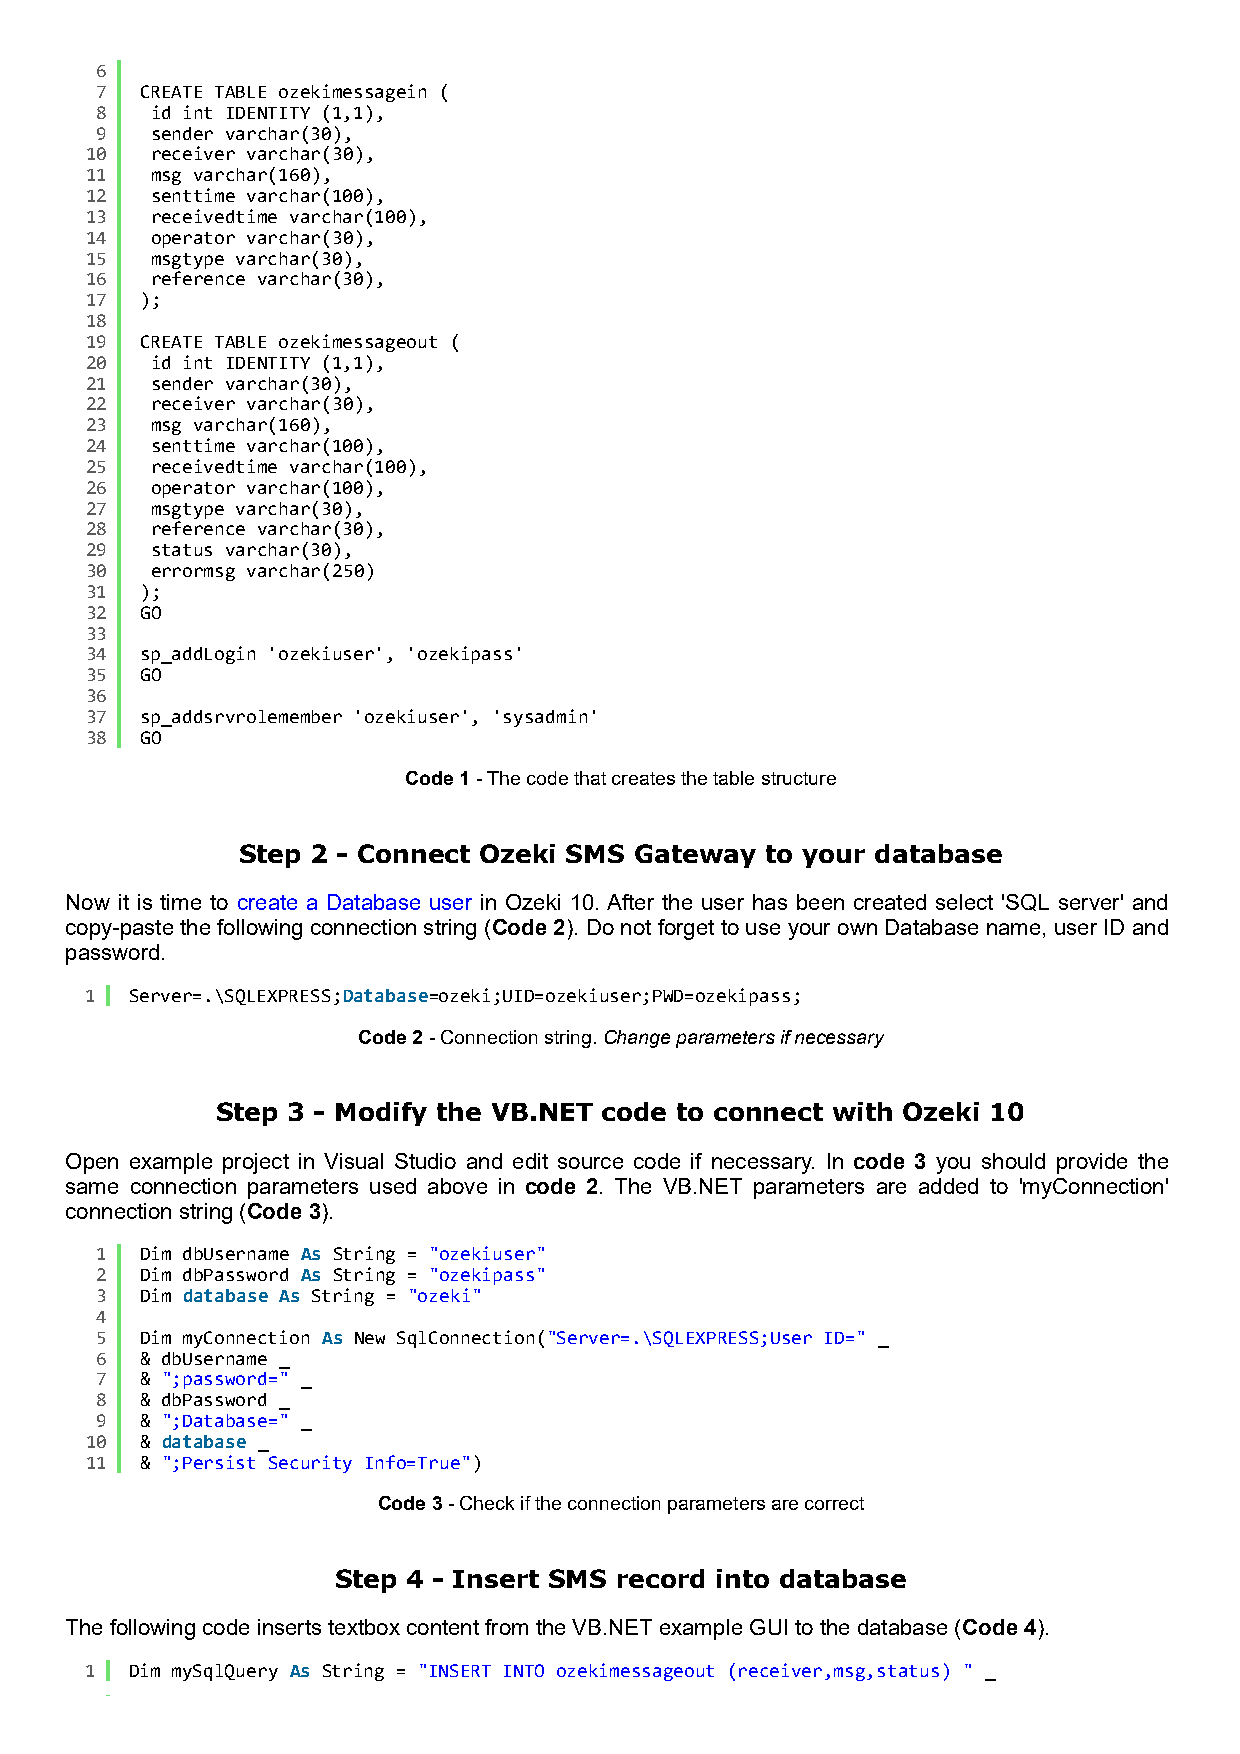
6
 7  CREATE TABLE ozekimessagein (
 8   id int IDENTITY (1,1),
 9   sender varchar(30),
 10  receiver varchar(30),
 11  msg varchar(160),
 12  senttime varchar(100),
 13  receivedtime varchar(100),
 14  operator varchar(30),
 15  msgtype varchar(30),
 16  reference varchar(30),
 17 );
 18
 19 CREATE TABLE ozekimessageout (
 20  id int IDENTITY (1,1),
 21  sender varchar(30),
 22  receiver varchar(30),
 23  msg varchar(160),
 24  senttime varchar(100),
 25  receivedtime varchar(100),
 26  operator varchar(100),
 27  msgtype varchar(30),
 28  reference varchar(30),
 29  status varchar(30),
 30  errormsg varchar(250)
 31 );
 32 GO
 33
 34 sp_addLogin 'ozekiuser', 'ozekipass'
 35 GO
 36
 37 sp_addsrvrolemember 'ozekiuser', 'sysadmin'
 38 GO
 Code 1 - The code that creates the table structure
 Step 2 - Connect Ozeki SMS Gateway to your database
 Now it is time to create a Database user in Ozeki 10. After the user has been created select 'SQL server' and
 copy-paste the following connection string (Code 2). Do not forget to use your own Database name, user ID and
 password.
 1  Server=.\SQLEXPRESS;Database=ozeki;UID=ozekiuser;PWD=ozekipass;
 Code 2 - Connection string. Change parameters if necessary
 Step 3 - Modify the VB.NET code to connect with Ozeki 10
 Open example project in Visual Studio and edit source code if necessary. In code 3 you should provide the
 same connection parameters used above in code 2. The VB.NET parameters are added to 'myConnection'
 connection string (Code 3).
 1  Dim dbUsername As String = "ozekiuser"
 2  Dim dbPassword As String = "ozekipass"
 3  Dim database As String = "ozeki"
 4
 5  Dim myConnection As New SqlConnection("Server=.\SQLEXPRESS;User ID=" _
 6  & dbUsername _
 7  & ";password=" _
 8  & dbPassword _
 9  & ";Database=" _
 10 & database _
 11 & ";Persist Security Info=True")
 Code 3 - Check if the connection parameters are correct
 Step 4 - Insert SMS record into database
 The following code inserts textbox content from the VB.NET example GUI to the database (Code 4).
 1  Dim mySqlQuery As String = "INSERT INTO ozekimessageout (receiver,msg,status) " _